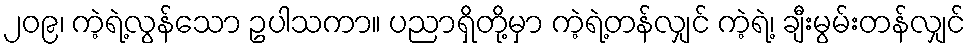
၂၀၉၊ ကဲ့ရဲ့လွန်သော ဥပါသကာ။ ပညာရှိတို့မှာ ကဲ့ရဲ့တန်လျှင် ကဲ့ရဲ့၊ ချီးမွမ်းတန်လျှင်